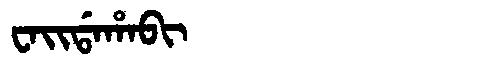
Manchu: ᠸᠠᡳᡩᠠᡥᠠᠪᡳ
Romanization: WAIDAHABI